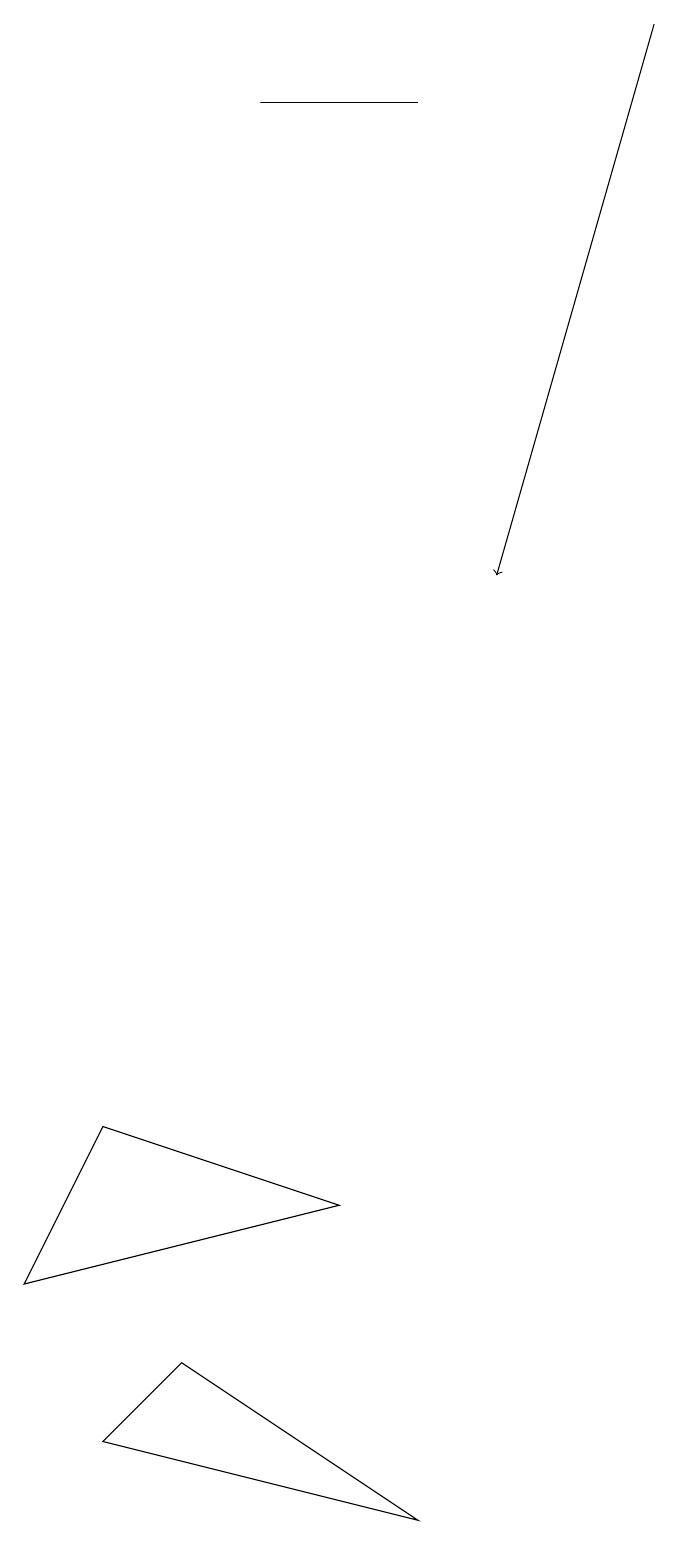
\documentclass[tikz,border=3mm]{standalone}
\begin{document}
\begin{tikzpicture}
\draw (3,2) -- (6,0) -- (2,1) -- cycle;
\draw (4,18) rectangle (6,18);
\draw[->] (9,19) -- (7,12);
\draw (1,3) -- (5,4) -- (2,5) -- cycle;
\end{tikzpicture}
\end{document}